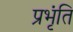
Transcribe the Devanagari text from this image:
प्रभृंति